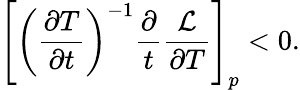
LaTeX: \left[\left(\frac{\partial T}{\partial t}\right)^{-1}\frac{\partial}{t}\frac{\mathcal{L}}{\partial T}\right]_{p}<0.